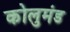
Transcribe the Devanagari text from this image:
कोलुमंड